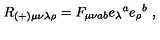
R _ { ( + ) \mu \nu \lambda \rho } = F _ { \mu \nu a b } e _ { \lambda } { } ^ { a } e _ { \rho } { } ^ { b } \ ,